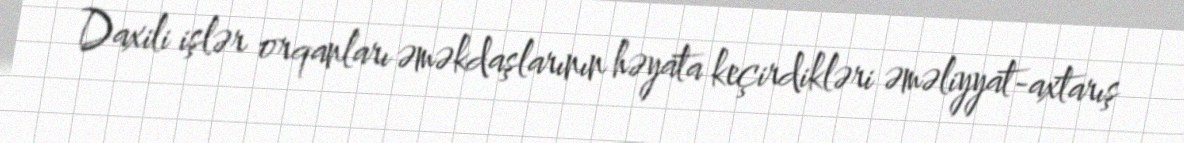
Daxili işlər orqanları əməkdaşlarının həyata keçirdikləri əməliyyat-axtarış